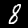
Label: 8